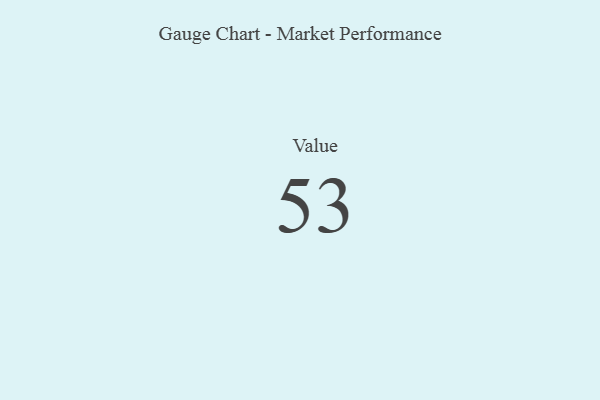
{"axis": {"x": "Metric", "y": "Value"}, "legend": [""], "data": [{"x": "Value", "y": 53, "type": ""}]}